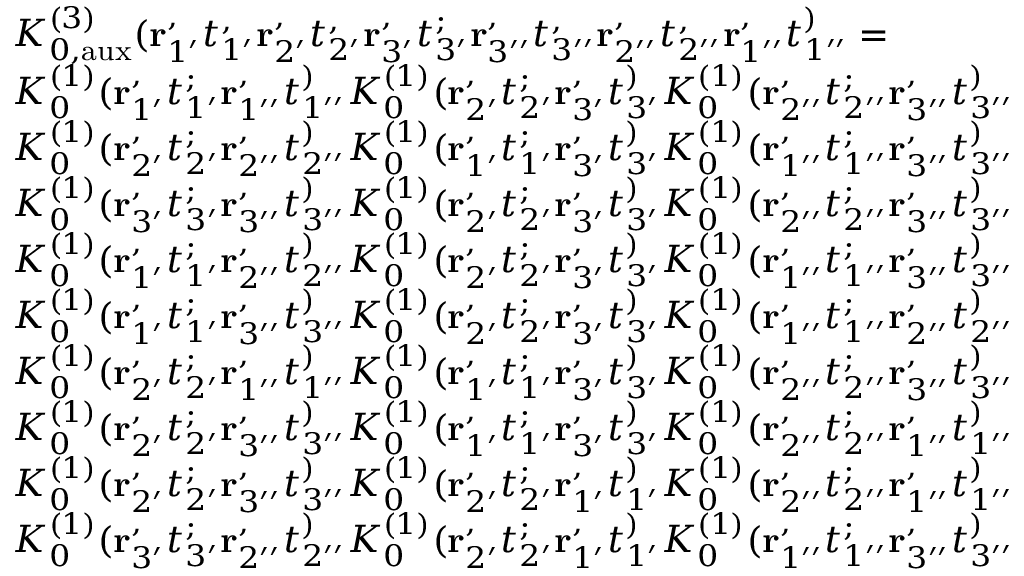
\begin{array} { r l } & { K _ { 0 , \mathrm { a u x } } ^ { ( 3 ) } ( \mathbf { r } _ { 1 ^ { \prime } } ^ , t _ { 1 ^ { \prime } } ^ , \mathbf { r } _ { 2 ^ { \prime } } ^ , t _ { 2 ^ { \prime } } ^ , \mathbf { r } _ { 3 ^ { \prime } } ^ , t _ { 3 ^ { \prime } } ^ ; \mathbf { r } _ { 3 ^ { \prime \prime } } ^ , t _ { 3 ^ { \prime \prime } } ^ , \mathbf { r } _ { 2 ^ { \prime \prime } } ^ , t _ { 2 ^ { \prime \prime } } ^ , \mathbf { r } _ { 1 ^ { \prime \prime } } ^ , t _ { 1 ^ { \prime \prime } } ^ ) = } \\ & { K _ { 0 } ^ { ( 1 ) } ( \mathbf { r } _ { 1 ^ { \prime } } ^ , t _ { 1 ^ { \prime } } ^ ; \mathbf { r } _ { 1 ^ { \prime \prime } } ^ , t _ { 1 ^ { \prime \prime } } ^ ) K _ { 0 } ^ { ( 1 ) } ( \mathbf { r } _ { 2 ^ { \prime } } ^ , t _ { 2 ^ { \prime } } ^ ; \mathbf { r } _ { 3 ^ { \prime } } ^ , t _ { 3 ^ { \prime } } ^ ) K _ { 0 } ^ { ( 1 ) } ( \mathbf { r } _ { 2 ^ { \prime \prime } } ^ , t _ { 2 ^ { \prime \prime } } ^ ; \mathbf { r } _ { 3 ^ { \prime \prime } } ^ , t _ { 3 ^ { \prime \prime } } ^ ) } \\ & { K _ { 0 } ^ { ( 1 ) } ( \mathbf { r } _ { 2 ^ { \prime } } ^ , t _ { 2 ^ { \prime } } ^ ; \mathbf { r } _ { 2 ^ { \prime \prime } } ^ , t _ { 2 ^ { \prime \prime } } ^ ) K _ { 0 } ^ { ( 1 ) } ( \mathbf { r } _ { 1 ^ { \prime } } ^ , t _ { 1 ^ { \prime } } ^ ; \mathbf { r } _ { 3 ^ { \prime } } ^ , t _ { 3 ^ { \prime } } ^ ) K _ { 0 } ^ { ( 1 ) } ( \mathbf { r } _ { 1 ^ { \prime \prime } } ^ , t _ { 1 ^ { \prime \prime } } ^ ; \mathbf { r } _ { 3 ^ { \prime \prime } } ^ , t _ { 3 ^ { \prime \prime } } ^ ) } \\ & { K _ { 0 } ^ { ( 1 ) } ( \mathbf { r } _ { 3 ^ { \prime } } ^ , t _ { 3 ^ { \prime } } ^ ; \mathbf { r } _ { 3 ^ { \prime \prime } } ^ , t _ { 3 ^ { \prime \prime } } ^ ) K _ { 0 } ^ { ( 1 ) } ( \mathbf { r } _ { 2 ^ { \prime } } ^ , t _ { 2 ^ { \prime } } ^ ; \mathbf { r } _ { 3 ^ { \prime } } ^ , t _ { 3 ^ { \prime } } ^ ) K _ { 0 } ^ { ( 1 ) } ( \mathbf { r } _ { 2 ^ { \prime \prime } } ^ , t _ { 2 ^ { \prime \prime } } ^ ; \mathbf { r } _ { 3 ^ { \prime \prime } } ^ , t _ { 3 ^ { \prime \prime } } ^ ) } \\ & { K _ { 0 } ^ { ( 1 ) } ( \mathbf { r } _ { 1 ^ { \prime } } ^ , t _ { 1 ^ { \prime } } ^ ; \mathbf { r } _ { 2 ^ { \prime \prime } } ^ , t _ { 2 ^ { \prime \prime } } ^ ) K _ { 0 } ^ { ( 1 ) } ( \mathbf { r } _ { 2 ^ { \prime } } ^ , t _ { 2 ^ { \prime } } ^ ; \mathbf { r } _ { 3 ^ { \prime } } ^ , t _ { 3 ^ { \prime } } ^ ) K _ { 0 } ^ { ( 1 ) } ( \mathbf { r } _ { 1 ^ { \prime \prime } } ^ , t _ { 1 ^ { \prime \prime } } ^ ; \mathbf { r } _ { 3 ^ { \prime \prime } } ^ , t _ { 3 ^ { \prime \prime } } ^ ) } \\ & { K _ { 0 } ^ { ( 1 ) } ( \mathbf { r } _ { 1 ^ { \prime } } ^ , t _ { 1 ^ { \prime } } ^ ; \mathbf { r } _ { 3 ^ { \prime \prime } } ^ , t _ { 3 ^ { \prime \prime } } ^ ) K _ { 0 } ^ { ( 1 ) } ( \mathbf { r } _ { 2 ^ { \prime } } ^ , t _ { 2 ^ { \prime } } ^ ; \mathbf { r } _ { 3 ^ { \prime } } ^ , t _ { 3 ^ { \prime } } ^ ) K _ { 0 } ^ { ( 1 ) } ( \mathbf { r } _ { 1 ^ { \prime \prime } } ^ , t _ { 1 ^ { \prime \prime } } ^ ; \mathbf { r } _ { 2 ^ { \prime \prime } } ^ , t _ { 2 ^ { \prime \prime } } ^ ) } \\ & { K _ { 0 } ^ { ( 1 ) } ( \mathbf { r } _ { 2 ^ { \prime } } ^ , t _ { 2 ^ { \prime } } ^ ; \mathbf { r } _ { 1 ^ { \prime \prime } } ^ , t _ { 1 ^ { \prime \prime } } ^ ) K _ { 0 } ^ { ( 1 ) } ( \mathbf { r } _ { 1 ^ { \prime } } ^ , t _ { 1 ^ { \prime } } ^ ; \mathbf { r } _ { 3 ^ { \prime } } ^ , t _ { 3 ^ { \prime } } ^ ) K _ { 0 } ^ { ( 1 ) } ( \mathbf { r } _ { 2 ^ { \prime \prime } } ^ , t _ { 2 ^ { \prime \prime } } ^ ; \mathbf { r } _ { 3 ^ { \prime \prime } } ^ , t _ { 3 ^ { \prime \prime } } ^ ) } \\ & { K _ { 0 } ^ { ( 1 ) } ( \mathbf { r } _ { 2 ^ { \prime } } ^ , t _ { 2 ^ { \prime } } ^ ; \mathbf { r } _ { 3 ^ { \prime \prime } } ^ , t _ { 3 ^ { \prime \prime } } ^ ) K _ { 0 } ^ { ( 1 ) } ( \mathbf { r } _ { 1 ^ { \prime } } ^ , t _ { 1 ^ { \prime } } ^ ; \mathbf { r } _ { 3 ^ { \prime } } ^ , t _ { 3 ^ { \prime } } ^ ) K _ { 0 } ^ { ( 1 ) } ( \mathbf { r } _ { 2 ^ { \prime \prime } } ^ , t _ { 2 ^ { \prime \prime } } ^ ; \mathbf { r } _ { 1 ^ { \prime \prime } } ^ , t _ { 1 ^ { \prime \prime } } ^ ) } \\ & { K _ { 0 } ^ { ( 1 ) } ( \mathbf { r } _ { 2 ^ { \prime } } ^ , t _ { 2 ^ { \prime } } ^ ; \mathbf { r } _ { 3 ^ { \prime \prime } } ^ , t _ { 3 ^ { \prime \prime } } ^ ) K _ { 0 } ^ { ( 1 ) } ( \mathbf { r } _ { 2 ^ { \prime } } ^ , t _ { 2 ^ { \prime } } ^ ; \mathbf { r } _ { 1 ^ { \prime } } ^ , t _ { 1 ^ { \prime } } ^ ) K _ { 0 } ^ { ( 1 ) } ( \mathbf { r } _ { 2 ^ { \prime \prime } } ^ , t _ { 2 ^ { \prime \prime } } ^ ; \mathbf { r } _ { 1 ^ { \prime \prime } } ^ , t _ { 1 ^ { \prime \prime } } ^ ) } \\ & { K _ { 0 } ^ { ( 1 ) } ( \mathbf { r } _ { 3 ^ { \prime } } ^ , t _ { 3 ^ { \prime } } ^ ; \mathbf { r } _ { 2 ^ { \prime \prime } } ^ , t _ { 2 ^ { \prime \prime } } ^ ) K _ { 0 } ^ { ( 1 ) } ( \mathbf { r } _ { 2 ^ { \prime } } ^ , t _ { 2 ^ { \prime } } ^ ; \mathbf { r } _ { 1 ^ { \prime } } ^ , t _ { 1 ^ { \prime } } ^ ) K _ { 0 } ^ { ( 1 ) } ( \mathbf { r } _ { 1 ^ { \prime \prime } } ^ , t _ { 1 ^ { \prime \prime } } ^ ; \mathbf { r } _ { 3 ^ { \prime \prime } } ^ , t _ { 3 ^ { \prime \prime } } ^ ) } \\ & { } \end{array}